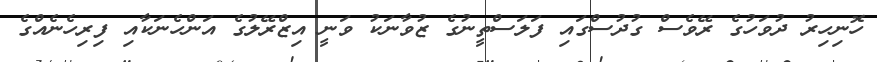
ހޮނިހިރު ދުވަހުގެ ރޭވެސް ގުދުސްގައި ފަލަސްތީނުގެ ޒުވާނަކު ވަނީ އިޒްރޭލުގެ އަންހެނަކާއި ފިރިހެނެއްގެ